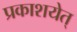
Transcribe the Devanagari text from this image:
प्रकाशयेत्